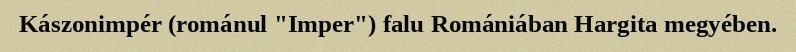
Kászonimpér (románul "Imper") falu Romániában Hargita megyében.